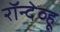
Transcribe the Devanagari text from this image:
रॉन्देव्हू